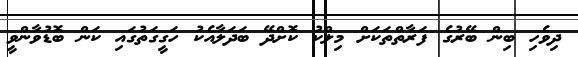
ދިވެހި ބިން ބޭރުގެ ފަރާތްތަކަށް މިލްކު ކޮށްދޭ ބަދަލާއެކު ހަގީގަތުގައި ކަން ބޮޑުވާންވީ